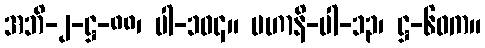
အဘိ-၂-ဋ္ဌ-၈၈၊ ပါ-၁၀၄။ မဟာနိ-ပါ-၁၃၊ ဋ္ဌ-၆၀က။